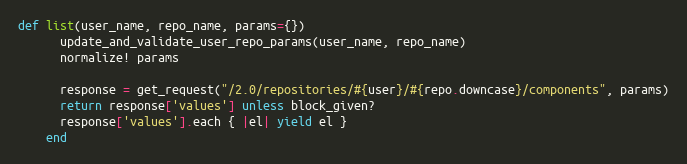
Language: Ruby
def list(user_name, repo_name, params={})
      update_and_validate_user_repo_params(user_name, repo_name)
      normalize! params

      response = get_request("/2.0/repositories/#{user}/#{repo.downcase}/components", params)
      return response['values'] unless block_given?
      response['values'].each { |el| yield el }
    end